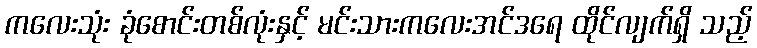
ကလေးသုံး ခုံစောင်းတစ်လုံးနှင့် မင်းသားကလေးအင်ဒရေ ထိုင်လျက်ရှိ သည့်